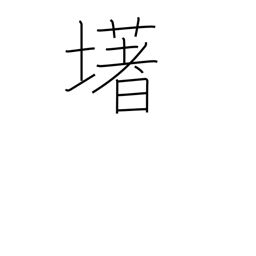
Meaning: (ghost kanji)